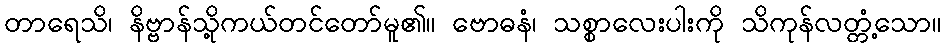
တာရေသိ၊ နိဗ္ဗာန်သို့ကယ်တင်တော်မူ၏။ ဗောဓနံ၊ သစ္စာလေးပါးကို သိကုန်လတ္တံ့သော။